Indian journal of veterinary science and animal husbandry - Volume 10,
Year: 1940
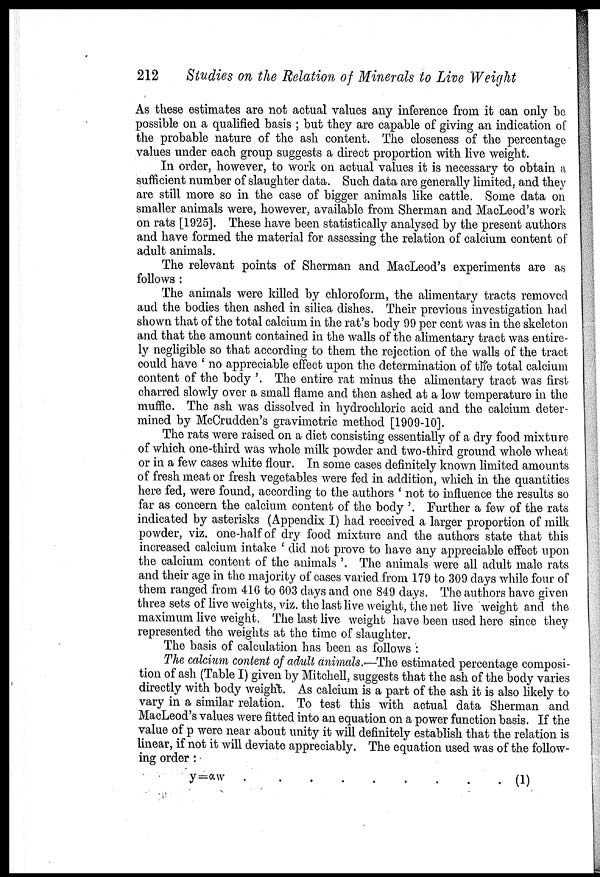
212
Studies on the Relation of Minerals to Live Weight
As these estimates are not actual values any inference from it can only be
possible on a qualified basis ; but they are capable of giving an indication of
the probable nature of the ash content. The closeness of the percentage
values under each group suggests a direct proportion with live weight.
In order, however, to work on actual values it is necessary to obtain a
sufficient number of slaughter data. Such data are generally limited, and they
are still more so in the case of bigger animals like cattle. Some data on
smaller animals were, however, available from Sherman and MacLeod's work
on rats [1925]. These have been statistically analysed by the present authors
and have formed the material for assessing the relation of calcium content of
adult animals.
The relevant points of Sherman and MacLeod's experiments are as
follows :
The animals were killed by chloroform, the alimentary tracts removed
and the bodies then ashed in silica dishes. Their previous investigation had
shown that of the total calcium in the rat's body 99 per cent was in the skeleton
and that the amount contained in the walls of the alimentary tract was entire
ly negligible so that according to them the rejection of the walls of the tract
could have ' no appreciable effect upon the determination of the total calcium
content of the body '. The entire rat minus the alimentary tract was first
charred slowly over a small flame and then ashed at a low temperature in the
muffle. The ash was dissolved in hydrochloric acid and the calcium deter
mined by McCrudden's gravimetric method [1909-10].
The rats were raised on a diet consisting essentially of a dry food mixture
of which one-third was whole milk powder and two-third ground whole wheat
or in a few cases white flour. In some cases definitely known limited amounts
of fresh meat or fresh vegetables were fed in addition, which in the quantities
here fed, were found, according to the authors ' not to influence the results so
far as concern the calcium content of the body '. Further a few of the rats
indicated by asterisks (Appendix I) had received a larger proportion of milk
powder, viz. one-half of dry food mixture and the authors state that this
increased calcium intake ' did not prove to have any appreciable effect upon
the calcium content of the animals '. The animals were all adult male rats
and their age in the majority of cases varied from 179 to 309 days while four of
them ranged from 416 to 603 days and one 849 days. The authors have given
three sets of live weights, viz. the last live weight, the net live weight and the
maximum live weight. The last live weight have been used here since they
represented the weights at the time of slaughter.
The basis of calculation has been as follows :
The calcium content of adult animals.—The estimated percentage composi
tion of ash (Table I) given by Mitchell, suggests that the ash of the body varies
directly with body weight. As calcium is a part of the ash it is also likely to
vary in a similar relation. To test this with actual data Sherman and
MacLeod's values were fitted into an equation on a power function basis. If the
value of p were near about unity it will definitely establish that the relation is
linear, if not it will deviate appreciably. The equation used was of the follow
ing order :
y=αw
.
.
.
.
.
.
.
.
.
(1)